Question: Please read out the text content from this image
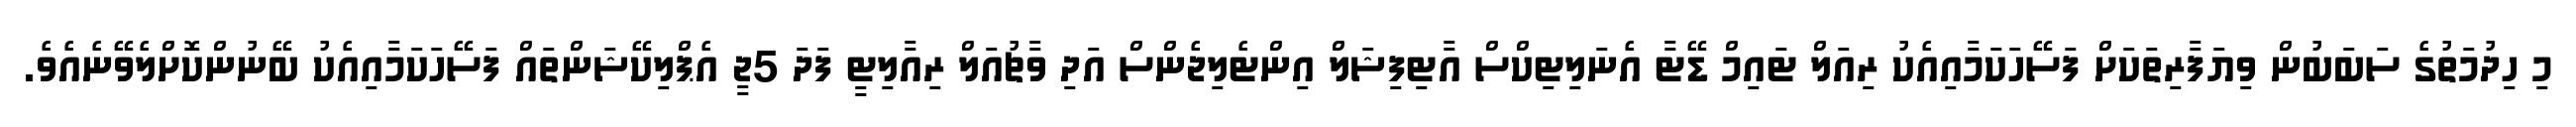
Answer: މި ހިދުމަތުގެ ސަބަބުން ވިޔަފާރިތަކަށް ފަސޭހަކަމާއިއެކު ރިއަލް ޓައިމް ޑޭޓާ އެނަލިޓިކްސް އާޓިފިޝަލް އިންޓެލިޖެންސް އަދި ވާޗުއަލް ރިއާލިޓީ ފަދަ 5ޖީ އެޕްލިކޭޝަންތައް ފަސޭހަކަމާއިއެކު ބޭނުންކޮށްލެވޭނެއެވެ.